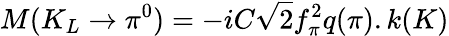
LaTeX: M(K_{L}\rightarrow\pi^{0})=-iC\sqrt{2}f_{\pi}^{2}q(\pi).k(K)